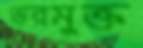
ভরমুক্ত